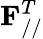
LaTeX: \mathbf{F}_{//}^{T}